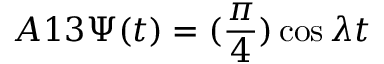
A 1 3 \Psi ( t ) = ( \frac { \pi } { 4 } ) \cos \lambda t